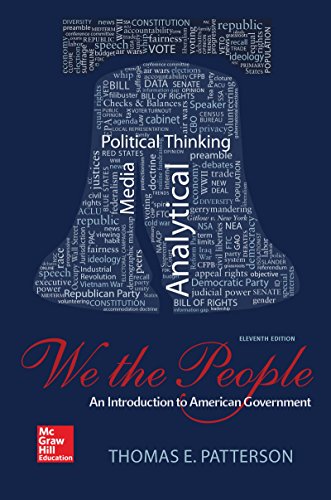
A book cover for We The People; Thomas Patterson; Politics & Social Sciences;